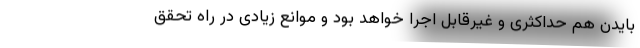
بایدن هم حداکثری و غیرقابل اجرا خواهد بود و موانع زیادی در راه تحقق